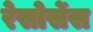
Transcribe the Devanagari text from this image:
रेसोर्सेस